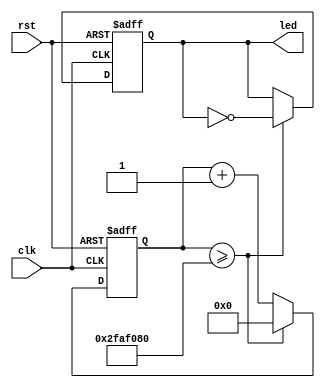
`timescale 1ns / 1ps
`default_nettype none

module blink(
    input wire clk,
    input wire rst,
    output reg led
    );

   reg [31:0] cnt_reg;
   
   always @(posedge clk or posedge rst) begin
      if (rst) begin
         led <= 0;
         cnt_reg <= 0;
      end
      else begin
         cnt_reg <= cnt_reg + 1;
         
         if (cnt_reg >= 50_000_000) begin
            cnt_reg <= 0;
            led <= ~led;
         end
      end
   end

endmodule

`default_nettype wire